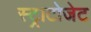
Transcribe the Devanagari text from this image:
स्ट्राटोजेट